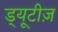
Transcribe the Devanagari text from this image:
ड्यूटीज़